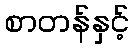
စာတန်နှင့်